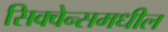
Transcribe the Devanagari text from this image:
सिक्वेन्समधील